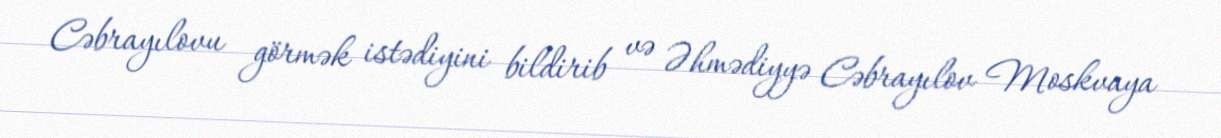
Cəbrayılovu görmək istədiyini bildirib və Əhmədiyyə Cəbrayılov Moskvaya